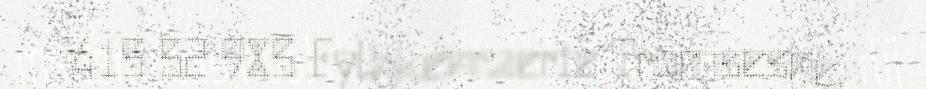
415 52 985 Fylhkenraerie Tromsesne,